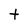
Character: t